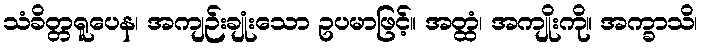
သံခိတ္တရူပေန၊ အကျဉ်းချုံးသော ဥပမာဖြင့်။ အတ္ထံ၊ အကျိုးကို။ အက္ခာသိ၊